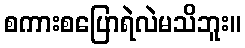
စကားစပြောရဲလဲမသိဘူး။